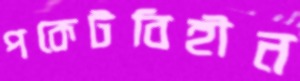
পকেটবিহীন